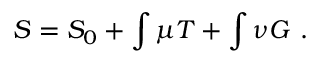
S = S _ { 0 } + \int \mu T + \int \nu G \ .